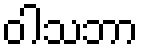
ဝါသဘာ